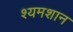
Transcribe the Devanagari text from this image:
श्यमशान